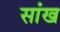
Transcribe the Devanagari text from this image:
सांख